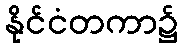
နိုင်ငံတကာ၌